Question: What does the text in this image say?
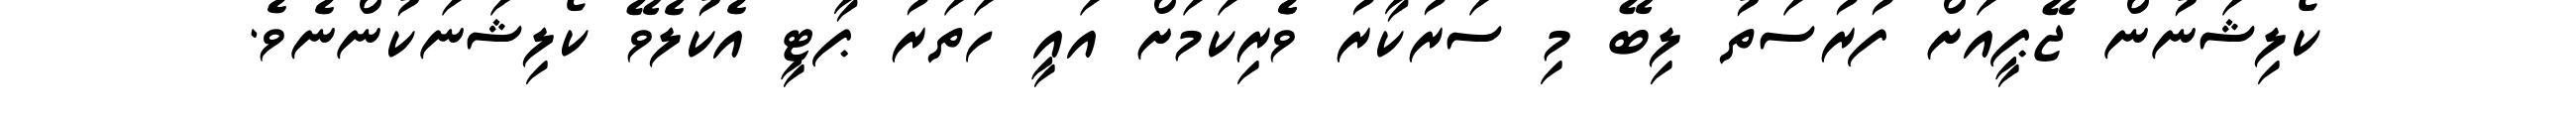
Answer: ކޯލިޝަނުން ޖޭޕީއަށް ފުރުސަތު ލިބޭ މި ސަރުކާރު ވެެރިކަމަށް އައީ ހަތަރު ޕާޓީ އެކުލެވޭ ކޯލިޝަނަކުންނެވެ.